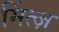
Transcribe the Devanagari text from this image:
मिंत्ज़